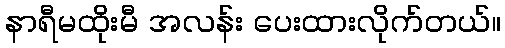
နာရီမထိုးမီ အလန်း ပေးထားလိုက်တယ်။